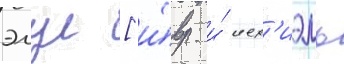
элул [и́вр. и́ иех'иэль